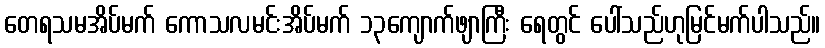
တေရသမအိပ်မက် ကောသလမင်းအိပ်မက် ၁၃ကျောက်ဖျာကြီး ရေတွင် ပေါ်သည်ဟုမြင်မက်ပါသည်။